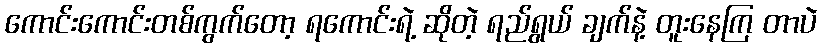
ကောင်းကောင်းတစ်ကွက်တော့ ရကောင်းရဲ့ ဆိုတဲ့ ရည်ရွယ် ချက်နဲ့ တူးနေကြ တာပဲ